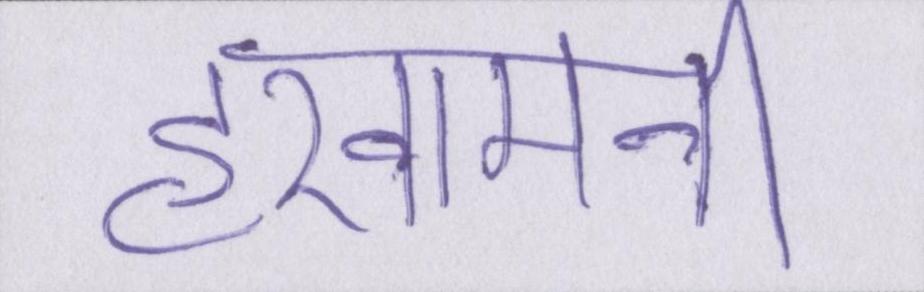
हखामनी